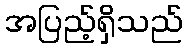
အပြည့်ရှိသည်